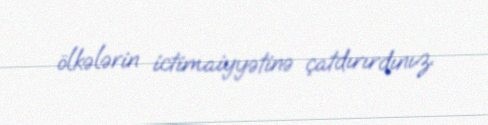
ölkələrin ictimaiyyətinə çatdırırdınız.